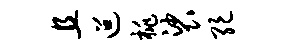
且迢桃裟绝